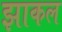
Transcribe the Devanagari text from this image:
झाकल